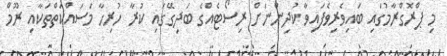
މި ޕްރޮގްރާމުގައި ބައިވެރިވެފައިވާ ކުދިންނަށް ރިސޯޓެއްގެ ބަދިގޭގައި ކުރާ ހުރިހާ މަސައްކަތްތަކާއި ރޫމް